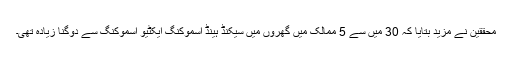
محققین نے مزید بتایا کہ 30 میں سے 5 ممالک میں گھروں میں سیکنڈ ہینڈ اسموکنگ ایکٹیو اسموکنگ سے دوگنا زیادہ تھی۔